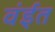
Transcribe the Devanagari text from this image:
वंईत